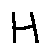
H